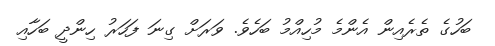
ބަހުގެ ތެރެއިން އެންމެ މުހިއްމު ބަހެވެ. ވަރަށް ގިނަ ފަހަރު ހިންދީ ބަހާއި